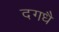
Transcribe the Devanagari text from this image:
दगधै